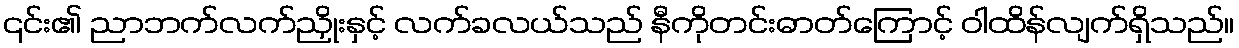
၎င်း၏ ညာဘက်လက်ညှိုးနှင့် လက်ခလယ်သည် နီကိုတင်းဓာတ်ကြောင့် ဝါထိန်လျက်ရှိသည်။